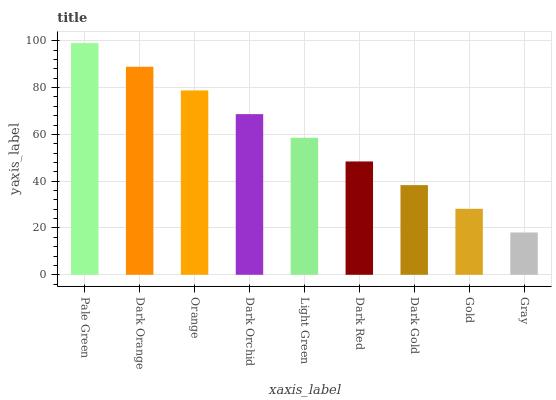
| xaxis_label | bars |
 | --- | --- |
 | Pale Green | 99 |
 | Dark Orange | 88.9 |
 | Orange | 78.8 |
 | Dark Orchid | 68.7 |
 | Light Green | 58.5 |
 | Dark Red | 48.4 |
 | Dark Gold | 38.3 |
 | Gold | 28.2 |
 | Gray | 18.1 |